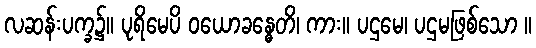
လဆန်းပက္ခ၌။ ပုရိမေပိ ဝယောခန္ဓေတိ၊ ကား။ ပဌမေ၊ ပဌမဖြစ်သော ။